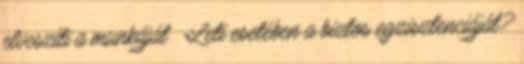
elveszíti a munkáját Leti esetében a biztos egzisztenciáját?